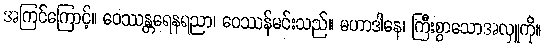
အကြင်ကြောင့်။ ဝေဿန္တရေနရညာ၊ ဝေဿန်မင်းသည်။ မဟာဒါနေ၊ ကြီးစွာသောအလှူကို။